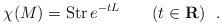
LaTeX: \begin{align*}\chi (M) = {\rm Str} \, e^{-t L}\qquad (t\in {\bf R})\ \ .\end{align*}